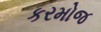
કરમોજ